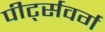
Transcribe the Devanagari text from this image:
पीर्ट्सवर्ग